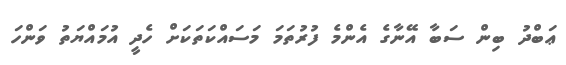
ޢަބްދު ބިން ސަބާ އޭނާގެ އެންމެ ފުރުތަމަ މަސައްކަތަކަށް ހެދީ އުމައްޔަތު ވަންހަ